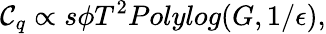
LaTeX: \mathcal{C}_{q}\propto s\phi T^{2}Polylog(G,1/\epsilon),